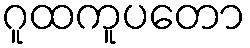
ဂူထကူပတော